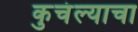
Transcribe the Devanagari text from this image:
कुचंल्याचा